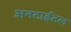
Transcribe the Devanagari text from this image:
अनटाईटल